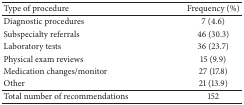
| Type of procedure | Frequency (%) |
 | --- | --- |
 | Diagnostic procedures | 7 (4.6) |
 | Subspecialty referrals | 46 (30.3) |
 | Laboratory tests | 36 (23.7) |
 | Physical exam reviews | 15 (9.9) |
 | Medication changes/monitor | 27 (17.8) |
 | Other | 21 (13.9) |
 | Total number of recommendations | 152 |